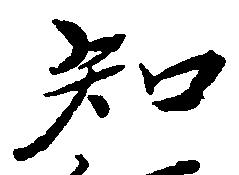
知